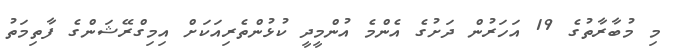
މި މުބާރާތުގެ 19 އަހަރުން ދަށުގެ އެންމެ އުންމީދީ ކުޅުންތެރިއަކަށް އިމިގްރޭޝަންގެ ފާތިމަތު